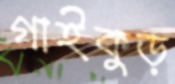
গাইকুড়